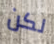
لكن